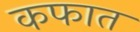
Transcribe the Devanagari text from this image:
कफात